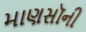
માણસૉની